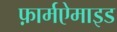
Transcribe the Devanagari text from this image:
फ़ार्मऐमाइड